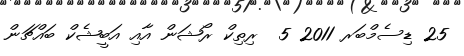
25 ޑިސެމްބަރ 2011 5  ރިތިކް ރޯޝަން އާއި އަބީޝެކް ބައްޗަން